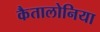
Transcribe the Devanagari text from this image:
कैतालोनिया